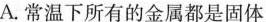
A.常温下所有的金属都是固体